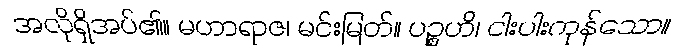
အလိုရှိအပ်၏။ မဟာရာဇ၊ မင်းမြတ်။ ပဉ္စဟိ၊ ငါးပါးကုန်သော။